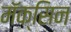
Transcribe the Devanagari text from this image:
मॅक्सिन